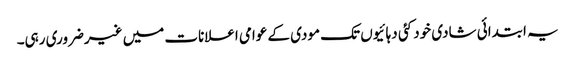
یہ ابتدائی شادی خود کئی دہائیوں تک مودی کے عوامی اعلانات میں غیرضروری رہی۔